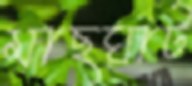
মাছঘাট